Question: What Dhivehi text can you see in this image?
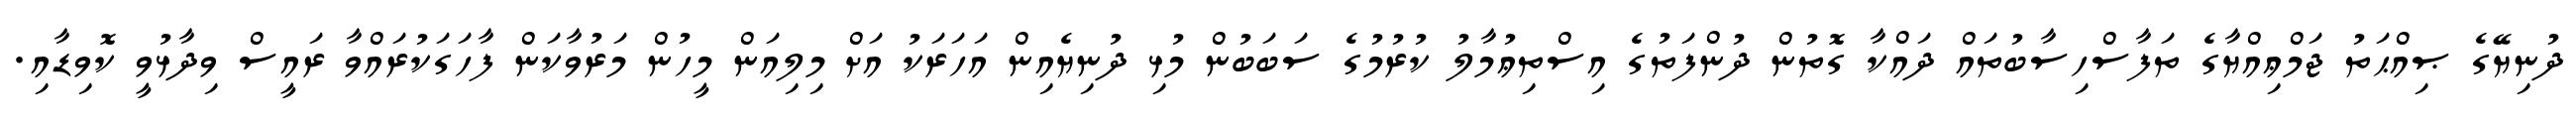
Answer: ދުނިޔޭގެ ޞިއްޙަތު ޖަމްޢިއްޔާގެ ތަފާސްހިސާބުތައް ދައްކާ ގޮތުން ދުންފަތުގެ އިސްތިޢުމާލު ކުރުމުގެ ސަބަބުން މުޅި ދުނިޔެއިން އަހަރަކު އަށް މިލިއަން މީހުން މަރުވާކަން ފާހަގަކުރައްވާ ރައީސް ވިދާޅުވީ ކޮވިޑާއި.